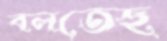
বলতেছ